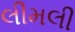
લીમલી